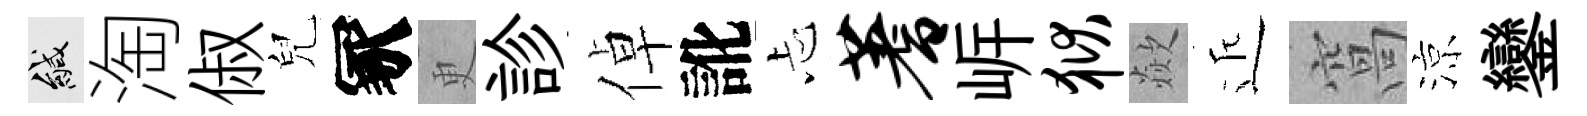
緘淘俶兒冢更診倬訛忐蓍㟁狱歘近窩涼鑾